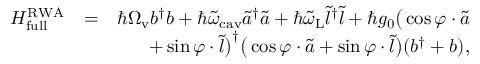
\begin{array} { r l r } { H _ { \mathrm { f u l l } } ^ { \mathrm { R W A } } } & { = } & { \hbar \Omega _ { \mathrm { v } } b ^ { \dagger } b + \hbar \tilde { \omega } _ { \mathrm { c a v } } \tilde { a } ^ { \dagger } \tilde { a } + \hbar \tilde { \omega } _ { \mathrm { L } } \tilde { l } ^ { \dagger } \tilde { l } + \hbar g _ { 0 } \big ( \cos \varphi \cdot \tilde { a } } \\ & { } & { + \sin \varphi \cdot \tilde { l } \big ) ^ { \dagger } \big ( \cos \varphi \cdot \tilde { a } + \sin \varphi \cdot \tilde { l } \big ) ( b ^ { \dagger } + b ) , } \end{array}